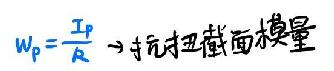
$w_{p}=\frac{I_{p}}{R}\rightarrow $抗弯截面模量